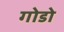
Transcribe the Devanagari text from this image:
गोडो